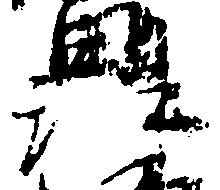
法